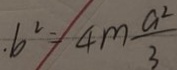
. b ^ { 2 } = 4 m \frac { a ^ { 2 } } { 3 }